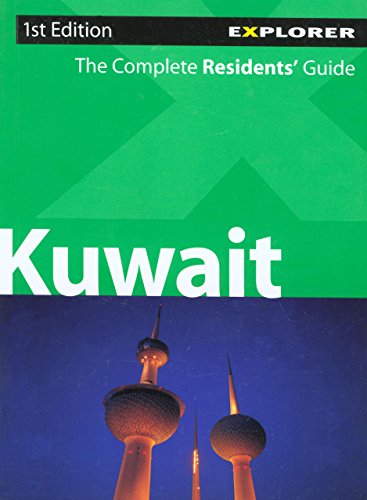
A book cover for Kuwait Complete Residents' Guide; Explorer Publishing; Travel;